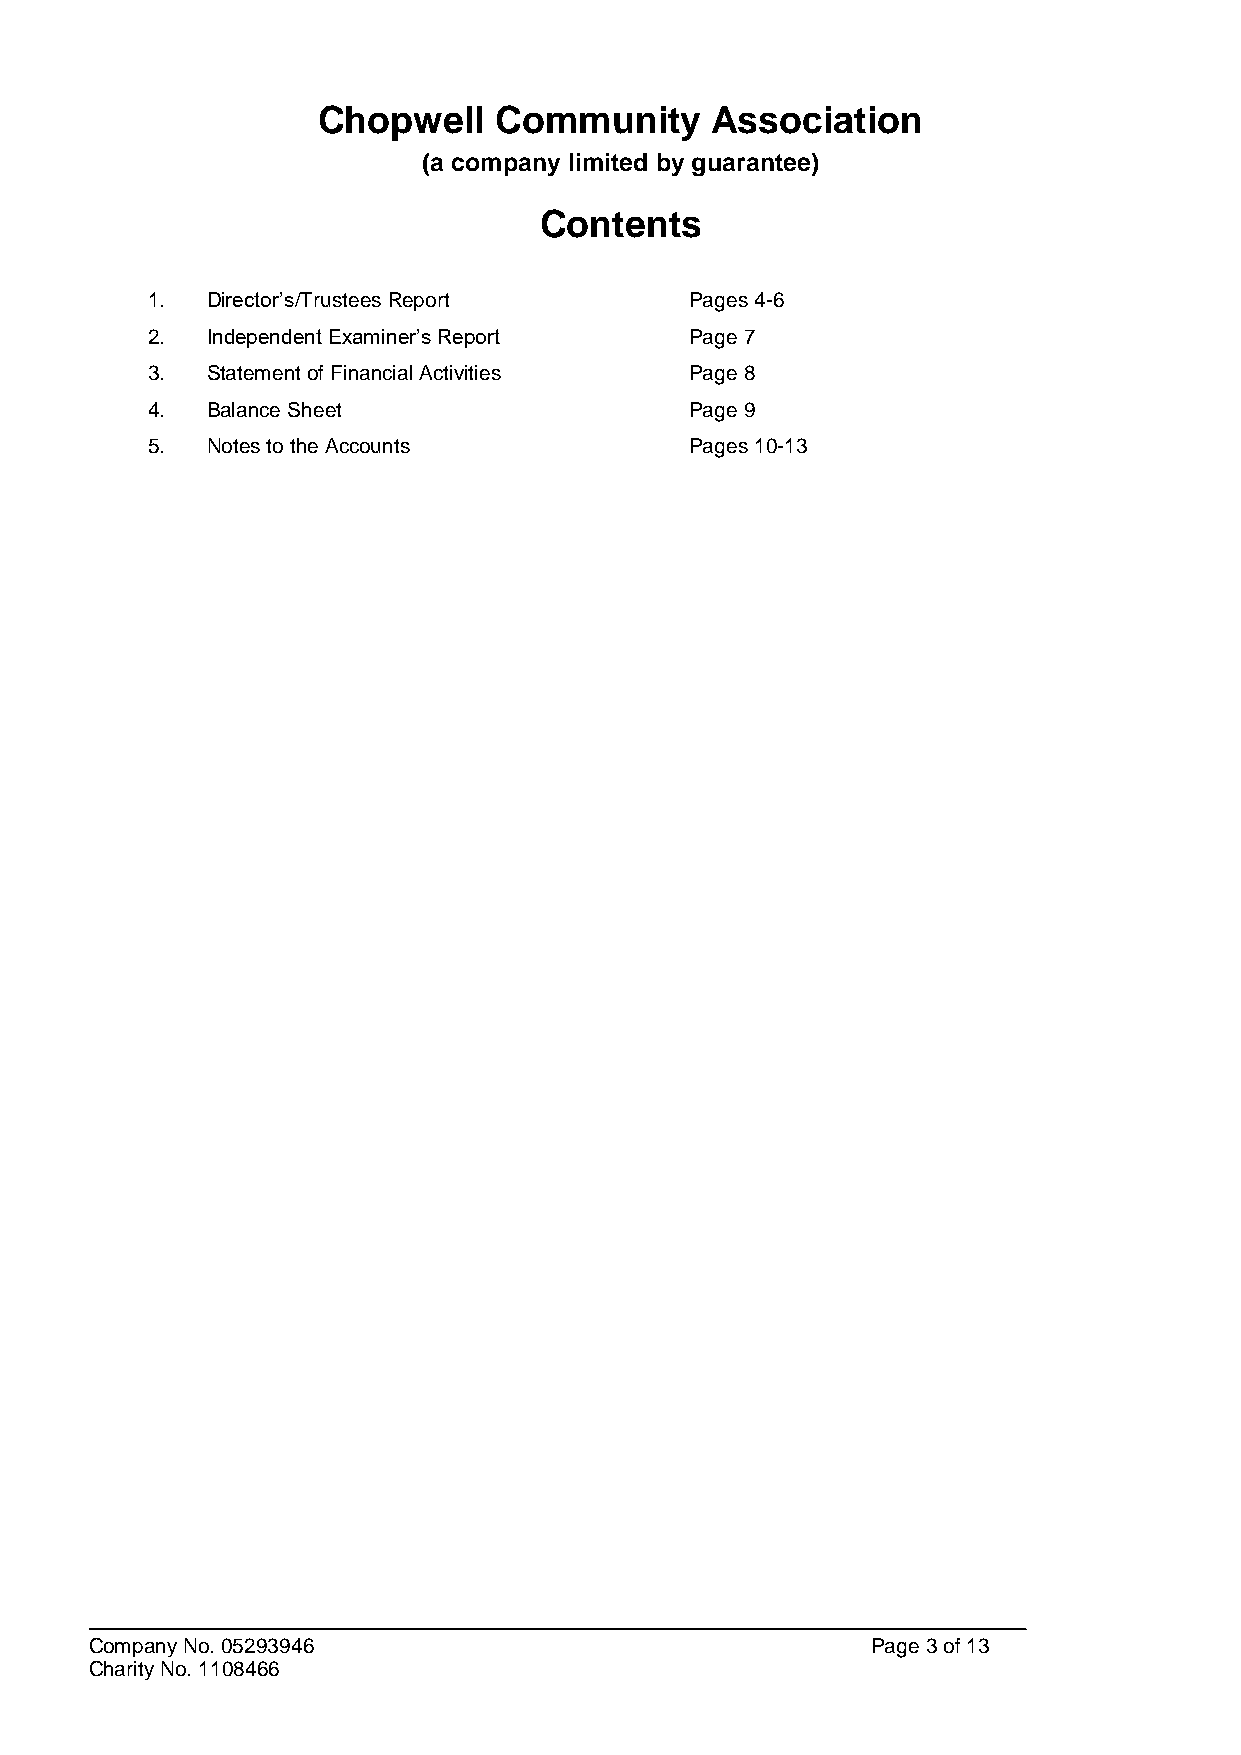
Chopwell    Community     Association
 (a company limited by guarantee)
 Contents
 1.  Director’s/Trustees Report      Pages 4-6
 2.  Independent Examiner’s Report   Page 7
 3.  Statement of Financial Activities Page 8
 4.  Balance Sheet                   Page 9
 5.  Notes to the Accounts           Pages 10-13
 Company No. 05293946                                Page 3 of 13
 Charity No. 1108466